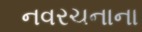
નવરચનાના